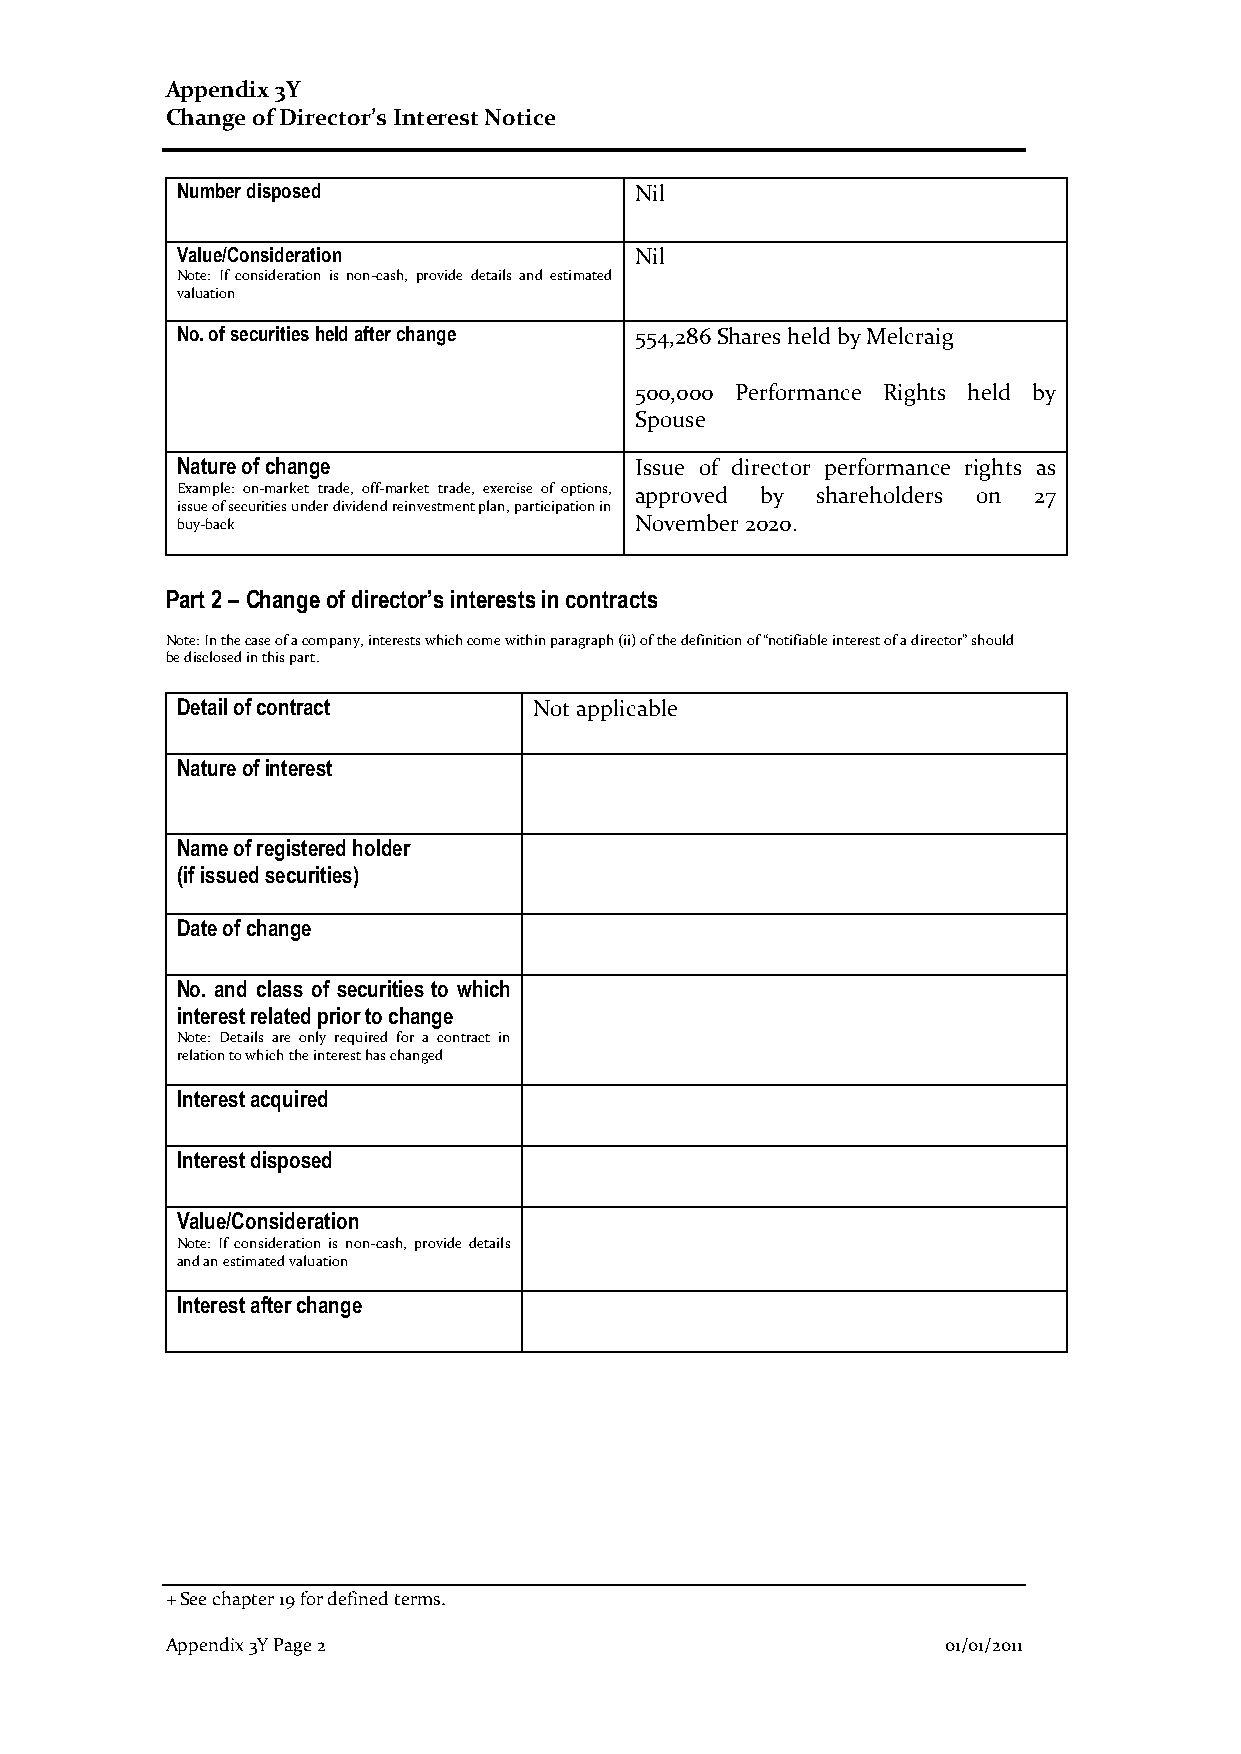
Appendix 3Y
 Change of Director’s Interest Notice
 Number disposed               Nil
 Value/Consideration           Nil
 Note: If consideration is non-cash, provide details and estimated
 valuation
 No. of securities held after change 554,286 Shares held by Melcraig
 500,000 Performance Rights held by
 Spouse
 Nature of change              Issue of director performance rights as
 Example: on-market trade, off-market trade, exercise of options, approved by shareholders on 27
 issue of securities under dividend reinvestment plan, participation in
 buy-back                      November 2020.
 Part 2 – Change of director’s interests in contracts
 Note: In the case of a company, interests which come within paragraph (ii) of the definition of “notifiable interest of a director” should
 be disclosed in this part.
 Detail of contract     Not applicable
 Nature of interest
 Name of registered holder
 (if issued securities)
 Date of change
 No. and class of securities to which
 interest related prior to change
 Note: Details are only required for a contract in
 relation to which the interest has changed
 Interest acquired
 Interest disposed
 Value/Consideration
 Note: If consideration is non-cash, provide details
 and an estimated valuation
 Interest after change
 + See chapter 19 for defined terms.
 Appendix 3Y Page 2                                  01/01/2011